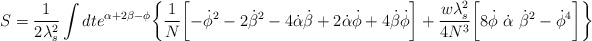
\begin{align*}S= \frac{1}{2 \lambda_{s}^2} \int d t e^{\alpha + 2 \beta-\phi}\biggl\{ \frac{1}{N} \biggl[ - \dot{\phi}^2 - 2 \dot{\beta}^2 -4 \dot{\alpha} \dot{\beta} + 2 \dot{\alpha} \dot{\phi} + 4 \dot{\beta}\dot{\phi}\biggr] + \frac{w\lambda_{s}^2}{4 N^3}\biggl[ 8 \dot{\phi}~\dot{\alpha}~ \dot{\beta}^2 - \dot{\phi}^4\biggr]\biggr\}\end{align*}